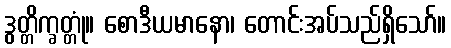
ဒွတ္တိက္ခတ္တုံ။ စောဒီယမာနော၊ တောင်းအပ်သည်ရှိသော်။